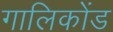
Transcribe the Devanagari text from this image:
गालिकोंड